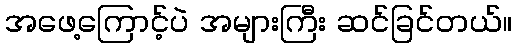
အဖေ့ကြောင့်ပဲ အများကြီး ဆင်ခြင်တယ်။